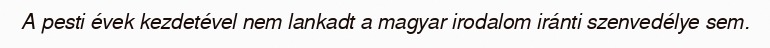
A pesti évek kezdetével nem lankadt a magyar irodalom iránti szenvedélye sem.